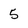
Character: 5